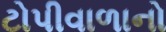
ટોપીવાળાનો